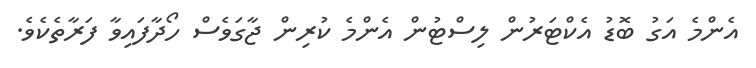
އެންމެ އަގު ބޮޑު އެކްޓަރުން ލިސްޓުން އެންމެ ކުރިން ޖާގަވެސް ހޯދާފައިވާ ފަރާތެކެވެ.